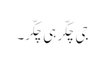
جی چکّر ہی چکّر۔